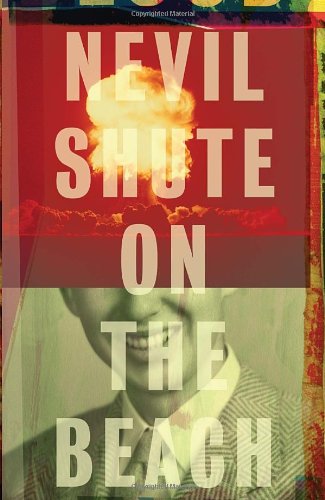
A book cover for On the Beach; Nevil Shute; Science Fiction & Fantasy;